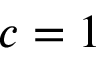
c = 1